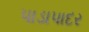
પાડાપાદર